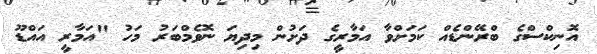
އޮނިކްސްގެ ބްރޭންޑެއް ކަމަށްވާ އަމާރީގެ ދަށުން މިދިޔަ ނޮވެމްބަރު މަހު "އަމާރީ އައްޑޫ